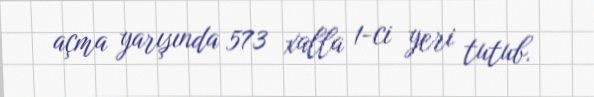
açma yarışında 573 xalla 1-ci yeri tutub.